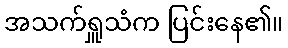
အသက်ရှူသံက ပြင်းနေ၏။